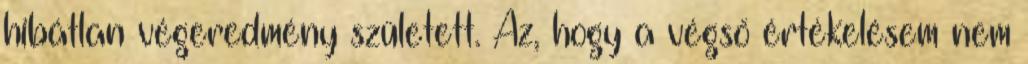
hibátlan végeredmény született. Az, hogy a végső értékelésem nem